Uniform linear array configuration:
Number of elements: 24
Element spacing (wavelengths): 0.75
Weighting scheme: hamming
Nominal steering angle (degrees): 0
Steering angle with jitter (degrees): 1.136
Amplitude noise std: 0.05
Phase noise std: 0.05

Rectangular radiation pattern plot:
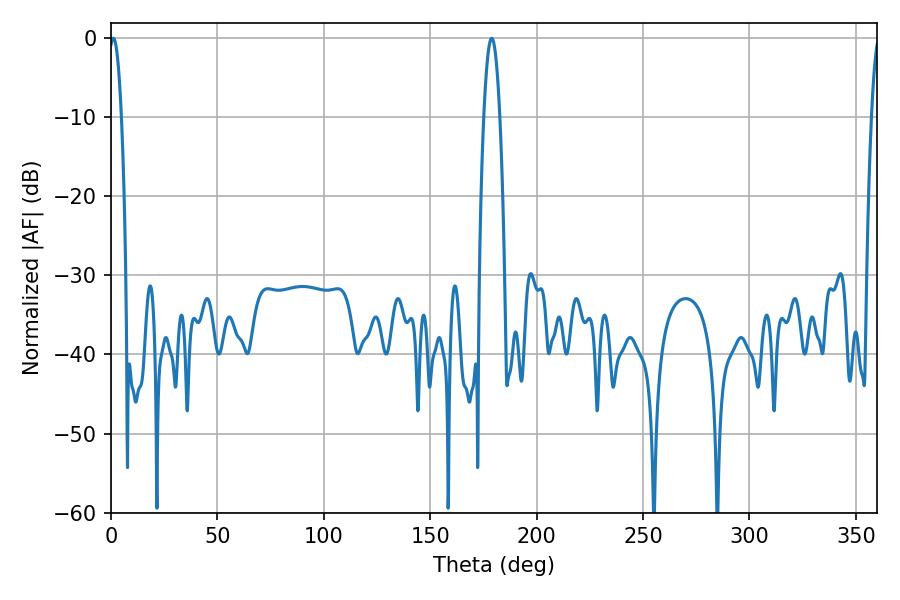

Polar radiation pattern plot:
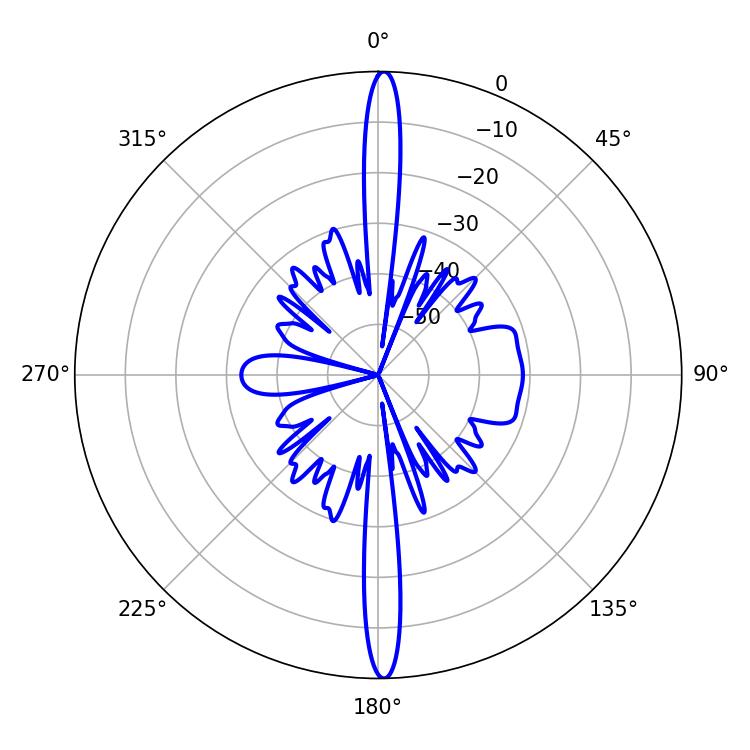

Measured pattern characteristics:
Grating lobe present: TRUE
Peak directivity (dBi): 27.816
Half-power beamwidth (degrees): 3.24
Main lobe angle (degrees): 1.08